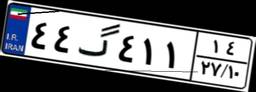
۴۴گ۴۱۱۱۴